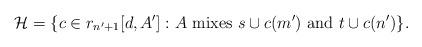
LaTeX: \begin{align*}\mathcal{H}=\{c\in r_{n'+1}[d,A']:A \mathrm{\ mixes\ }s\cup c(m')\mathrm{\ and\ } t\cup c(n')\}.\end{align*}